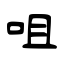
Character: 咀